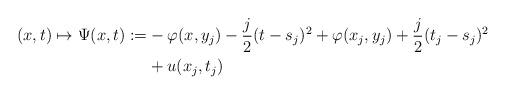
LaTeX: \begin{align*}(x,t)\mapsto \Psi(x,t):=&-\varphi(x,y_j)-\frac j2(t-s_j)^2+\varphi(x_j,y_j)+\frac j2(t_j-s_j)^2\\&+u(x_j,t_j)\end{align*}